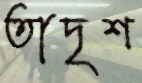
তাদৃশ